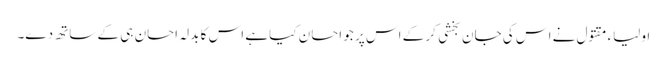
اولیاء مقتول نے اس کی جان بخشی کر کے اس پر جو احسان کیا ہے اس کا بدلہ احسان ہی کے ساتھ دے۔